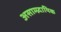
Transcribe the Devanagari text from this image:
असाम्प्र्दायिक